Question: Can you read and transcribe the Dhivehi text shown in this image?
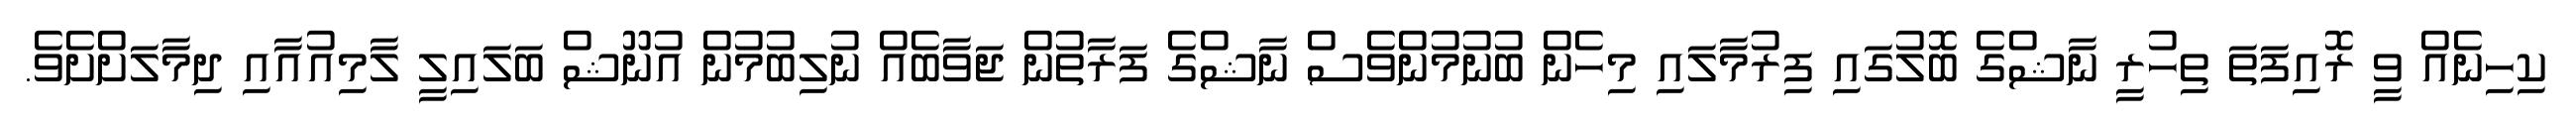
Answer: ކިހިނެއް ވީ ރޮއިފަތަ ތިހުރީ ނާޝްގެ ބޮލުގައި ފިރުމާލައި މިހެން ބުނުމުންވެސް ނާޝްގެ ފަރާތުން ޖަވާބެއް ނުލިބުމުން އުނޫޝް ބަލައިލީ ލާމިއުއާއި ދިމާލަށްށެވެ.